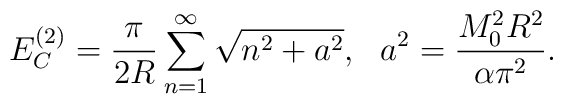
E_C^{(2)}=\frac{\pi}{2 R}\sum\limits_{n=1}^{\infty}\sqrt{n^2+a^2},~~a^2=\frac{M_0^2 R^2}{\alpha \pi^2}.